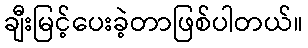
ချီးမြင့်ပေးခဲ့တာဖြစ်ပါတယ်။